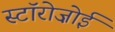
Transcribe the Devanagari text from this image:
स्टॉरोज़ोई